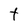
Character: t